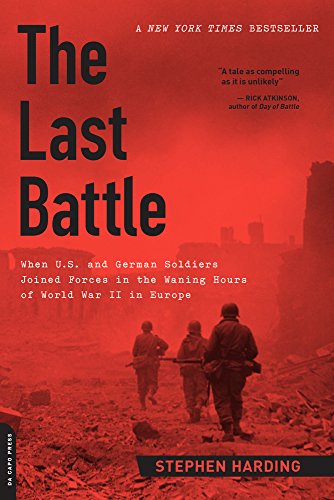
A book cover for The Last Battle: When U.S. and German Soldiers Joined Forces in the Waning Hours of World War II in Europe; Stephen Harding; History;